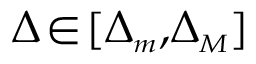
\Delta \! \in \! [ \Delta _ { { \scriptscriptstyle m } } , \! \Delta _ { { \scriptscriptstyle M } } ]